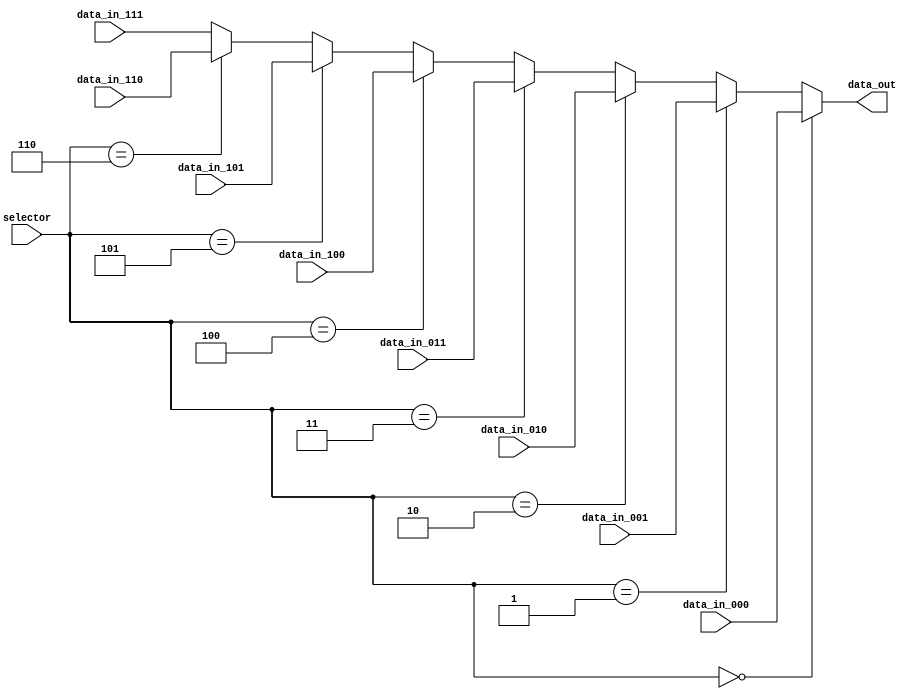
module mux8_1_6(selector, data_in_000, data_in_001, data_in_010, data_in_011,
	data_in_100, data_in_101, data_in_110, data_in_111, data_out);

	input [2:0] selector;
   	input [5:0]  data_in_000, data_in_001, data_in_010, data_in_011, data_in_100, data_in_101, data_in_110, data_in_111;
	output [5:0] data_out;
   
	assign data_out = (selector == 3'b000) ? data_in_000 : 
			(selector == 3'b001) ? data_in_001 : 
			(selector == 3'b010) ? data_in_010 : 
			(selector == 3'b011) ? data_in_011 : 
			(selector == 3'b100) ? data_in_100 : 
			(selector == 3'b101) ? data_in_101 : 
			(selector == 3'b110) ? data_in_110 : 
			data_in_111;
   
endmodule